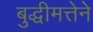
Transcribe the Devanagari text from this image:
बुद्धीमत्तेने